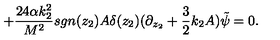
+ \frac { 2 4 \alpha k _ { 2 } ^ { 2 } } { M ^ { 2 } } s g n ( z _ { 2 } ) A \delta ( z _ { 2 } ) ( \partial _ { z _ { 2 } } + \frac { 3 } { 2 } k _ { 2 } A ) \tilde { \psi } = 0 .